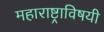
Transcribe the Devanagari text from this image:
महाराष्ट्राविषयी